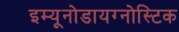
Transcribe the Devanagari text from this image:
इम्यूनोडायग्नोस्टिक